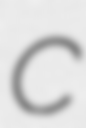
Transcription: C